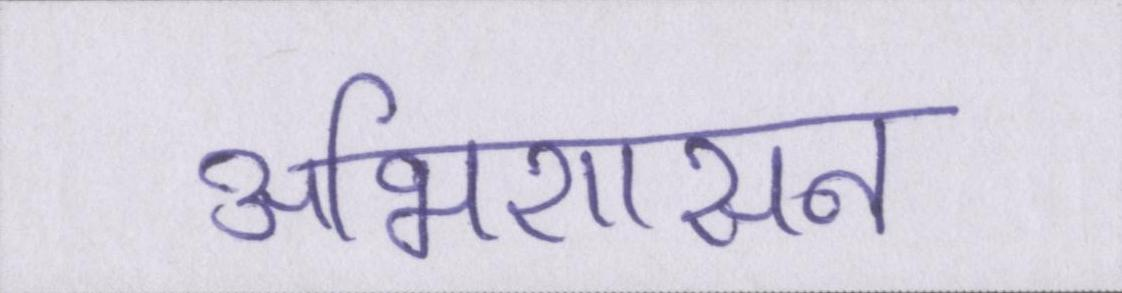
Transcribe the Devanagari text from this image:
अभिशासन